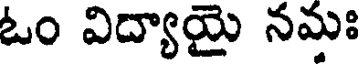
ఓం విద్యాయై నమః